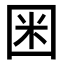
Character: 𡇒